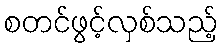
စတင်ဖွင့်လှစ်သည့်